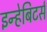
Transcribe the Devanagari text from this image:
इन्हेबिटर्स